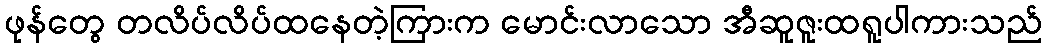
ဖုန်တွေ တလိပ်လိပ်ထနေတဲ့ကြားက မောင်းလာသော အီဆူဇူးထရူပါကားသည်